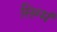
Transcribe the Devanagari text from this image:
सिग्मं